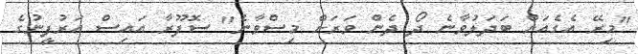
"މިރޭ އެގެއަށް ބަދަލުވާނެ ދޯ ދެން ވަރަށް މިސްވާނެ" ސޮފޫރާ އައިސް އަރުފީނުގެ